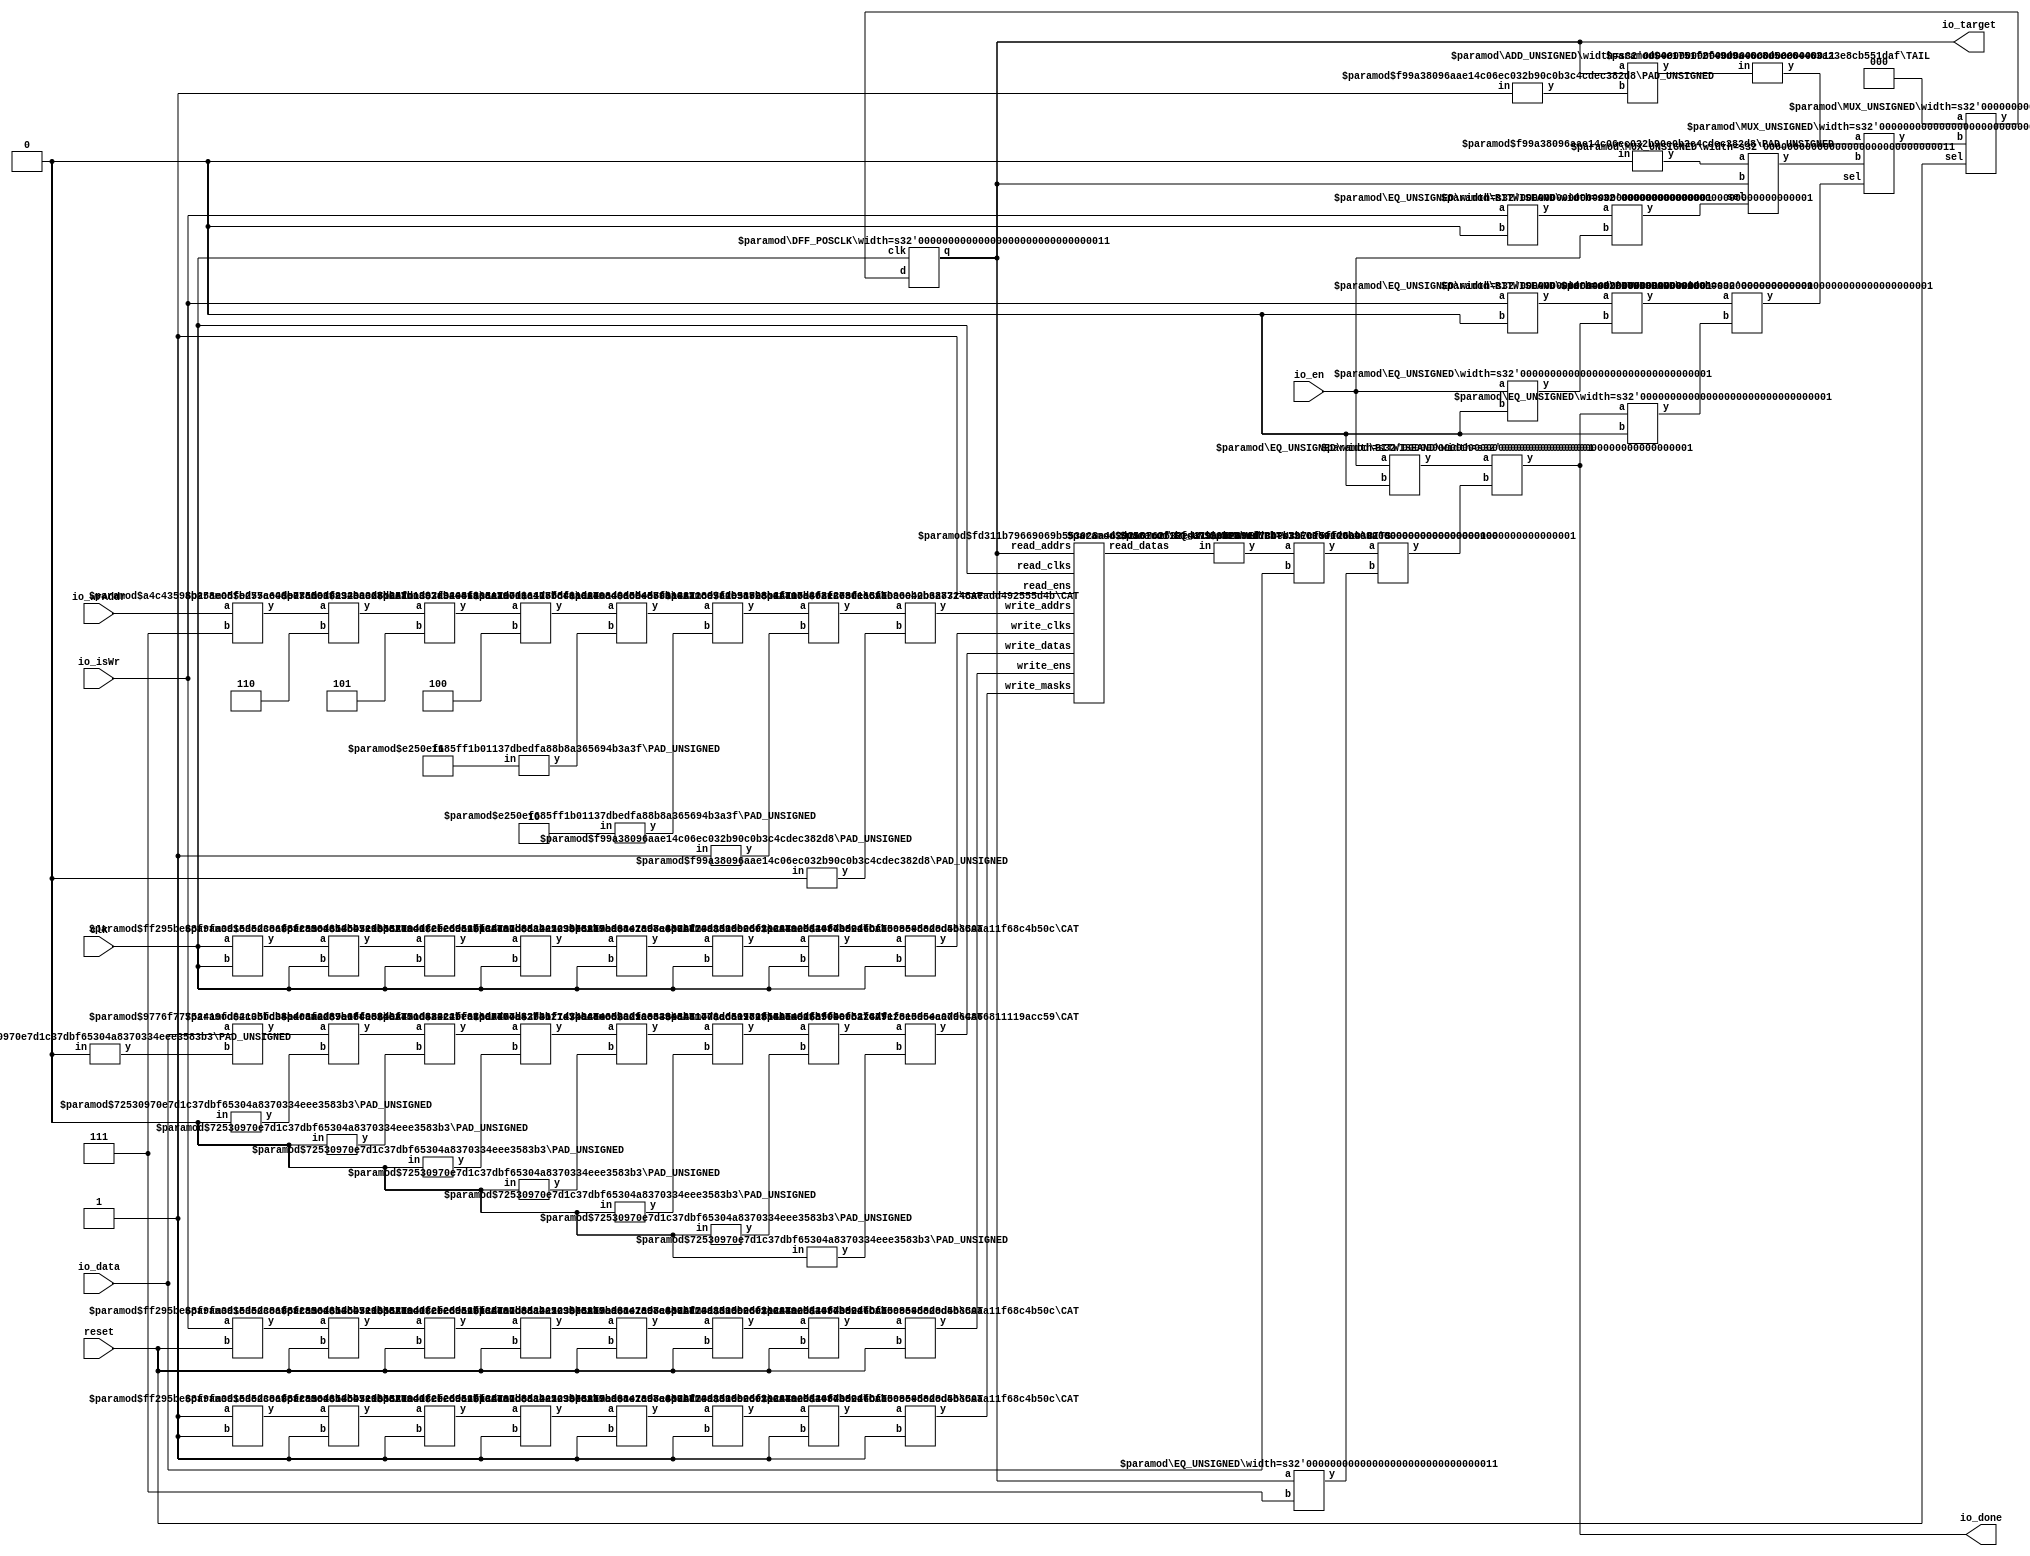
module DynamicMemorySearch(
    input clk,
    input reset,
    input io_isWr,
    input [2:0] io_wrAddr,
    input [3:0] io_data,
    input io_en,
    output [2:0] io_target,
    output io_done
);
    wire [2:0] _index__q;
    wire [2:0] _index__d;
    DFF_POSCLK #(.width(3)) index (
        .q(_index__q),
        .d(_index__d),
        .clk(clk)
    );
    wire [2:0] _WTEMP_0;
    MUX_UNSIGNED #(.width(3)) u_mux_1 (
        .y(_index__d),
        .sel(reset),
        .a(3'h0),
        .b(_WTEMP_0)
    );
    wire [3:0] list_memVal_data;
    wire list_memVal_clk;
    wire list_memVal_en;
    wire [2:0] list_memVal_addr;
    wire list_T_16_clk;
    wire list_T_16_en;
    wire list_T_16_mask;
    wire [2:0] list_T_16_addr;
    wire [3:0] list_T_16_data;
    wire list_T_19_clk;
    wire list_T_19_en;
    wire list_T_19_mask;
    wire [2:0] list_T_19_addr;
    wire [3:0] list_T_19_data;
    wire list_T_22_clk;
    wire list_T_22_en;
    wire list_T_22_mask;
    wire [2:0] list_T_22_addr;
    wire [3:0] list_T_22_data;
    wire list_T_25_clk;
    wire list_T_25_en;
    wire list_T_25_mask;
    wire [2:0] list_T_25_addr;
    wire [3:0] list_T_25_data;
    wire list_T_28_clk;
    wire list_T_28_en;
    wire list_T_28_mask;
    wire [2:0] list_T_28_addr;
    wire [3:0] list_T_28_data;
    wire list_T_31_clk;
    wire list_T_31_en;
    wire list_T_31_mask;
    wire [2:0] list_T_31_addr;
    wire [3:0] list_T_31_data;
    wire list_T_34_clk;
    wire list_T_34_en;
    wire list_T_34_mask;
    wire [2:0] list_T_34_addr;
    wire [3:0] list_T_34_data;
    wire list_T_37_clk;
    wire list_T_37_en;
    wire list_T_37_mask;
    wire [2:0] list_T_37_addr;
    wire [3:0] list_T_37_data;
    wire list_T_39_clk;
    wire list_T_39_en;
    wire list_T_39_mask;
    wire [2:0] list_T_39_addr;
    wire [3:0] list_T_39_data;
    wire [3:0] list_read_datas;
    wire list_read_clks;
    wire list_read_ens;
    wire [2:0] list_read_addrs;
    wire [8:0] list_write_clks;
    wire [8:0] list_write_ens;
    wire [8:0] list_write_masks;
    wire [26:0] list_write_addrs;
    wire [35:0] list_write_datas;
    BITS #(.width(4), .high(3), .low(0)) bits_2 (
        .y(list_memVal_data),
        .in(list_read_datas)
    );
    assign list_read_clks = list_memVal_clk;
    assign list_read_ens = list_memVal_en;
    assign list_read_addrs = list_memVal_addr;
    wire [7:0] _WTEMP_1;
    CAT #(.width_a(4), .width_b(4)) cat_3 (
        .y(_WTEMP_1),
        .a(list_T_39_data),
        .b(list_T_37_data)
    );
    wire [11:0] _WTEMP_2;
    CAT #(.width_a(8), .width_b(4)) cat_4 (
        .y(_WTEMP_2),
        .a(_WTEMP_1),
        .b(list_T_34_data)
    );
    wire [15:0] _WTEMP_3;
    CAT #(.width_a(12), .width_b(4)) cat_5 (
        .y(_WTEMP_3),
        .a(_WTEMP_2),
        .b(list_T_31_data)
    );
    wire [19:0] _WTEMP_4;
    CAT #(.width_a(16), .width_b(4)) cat_6 (
        .y(_WTEMP_4),
        .a(_WTEMP_3),
        .b(list_T_28_data)
    );
    wire [23:0] _WTEMP_5;
    CAT #(.width_a(20), .width_b(4)) cat_7 (
        .y(_WTEMP_5),
        .a(_WTEMP_4),
        .b(list_T_25_data)
    );
    wire [27:0] _WTEMP_6;
    CAT #(.width_a(24), .width_b(4)) cat_8 (
        .y(_WTEMP_6),
        .a(_WTEMP_5),
        .b(list_T_22_data)
    );
    wire [31:0] _WTEMP_7;
    CAT #(.width_a(28), .width_b(4)) cat_9 (
        .y(_WTEMP_7),
        .a(_WTEMP_6),
        .b(list_T_19_data)
    );
    CAT #(.width_a(32), .width_b(4)) cat_10 (
        .y(list_write_datas),
        .a(_WTEMP_7),
        .b(list_T_16_data)
    );
    wire [1:0] _WTEMP_8;
    CAT #(.width_a(1), .width_b(1)) cat_11 (
        .y(_WTEMP_8),
        .a(list_T_39_clk),
        .b(list_T_37_clk)
    );
    wire [2:0] _WTEMP_9;
    CAT #(.width_a(2), .width_b(1)) cat_12 (
        .y(_WTEMP_9),
        .a(_WTEMP_8),
        .b(list_T_34_clk)
    );
    wire [3:0] _WTEMP_10;
    CAT #(.width_a(3), .width_b(1)) cat_13 (
        .y(_WTEMP_10),
        .a(_WTEMP_9),
        .b(list_T_31_clk)
    );
    wire [4:0] _WTEMP_11;
    CAT #(.width_a(4), .width_b(1)) cat_14 (
        .y(_WTEMP_11),
        .a(_WTEMP_10),
        .b(list_T_28_clk)
    );
    wire [5:0] _WTEMP_12;
    CAT #(.width_a(5), .width_b(1)) cat_15 (
        .y(_WTEMP_12),
        .a(_WTEMP_11),
        .b(list_T_25_clk)
    );
    wire [6:0] _WTEMP_13;
    CAT #(.width_a(6), .width_b(1)) cat_16 (
        .y(_WTEMP_13),
        .a(_WTEMP_12),
        .b(list_T_22_clk)
    );
    wire [7:0] _WTEMP_14;
    CAT #(.width_a(7), .width_b(1)) cat_17 (
        .y(_WTEMP_14),
        .a(_WTEMP_13),
        .b(list_T_19_clk)
    );
    CAT #(.width_a(8), .width_b(1)) cat_18 (
        .y(list_write_clks),
        .a(_WTEMP_14),
        .b(list_T_16_clk)
    );
    wire [1:0] _WTEMP_15;
    CAT #(.width_a(1), .width_b(1)) cat_19 (
        .y(_WTEMP_15),
        .a(list_T_39_en),
        .b(list_T_37_en)
    );
    wire [2:0] _WTEMP_16;
    CAT #(.width_a(2), .width_b(1)) cat_20 (
        .y(_WTEMP_16),
        .a(_WTEMP_15),
        .b(list_T_34_en)
    );
    wire [3:0] _WTEMP_17;
    CAT #(.width_a(3), .width_b(1)) cat_21 (
        .y(_WTEMP_17),
        .a(_WTEMP_16),
        .b(list_T_31_en)
    );
    wire [4:0] _WTEMP_18;
    CAT #(.width_a(4), .width_b(1)) cat_22 (
        .y(_WTEMP_18),
        .a(_WTEMP_17),
        .b(list_T_28_en)
    );
    wire [5:0] _WTEMP_19;
    CAT #(.width_a(5), .width_b(1)) cat_23 (
        .y(_WTEMP_19),
        .a(_WTEMP_18),
        .b(list_T_25_en)
    );
    wire [6:0] _WTEMP_20;
    CAT #(.width_a(6), .width_b(1)) cat_24 (
        .y(_WTEMP_20),
        .a(_WTEMP_19),
        .b(list_T_22_en)
    );
    wire [7:0] _WTEMP_21;
    CAT #(.width_a(7), .width_b(1)) cat_25 (
        .y(_WTEMP_21),
        .a(_WTEMP_20),
        .b(list_T_19_en)
    );
    CAT #(.width_a(8), .width_b(1)) cat_26 (
        .y(list_write_ens),
        .a(_WTEMP_21),
        .b(list_T_16_en)
    );
    wire [5:0] _WTEMP_22;
    CAT #(.width_a(3), .width_b(3)) cat_27 (
        .y(_WTEMP_22),
        .a(list_T_39_addr),
        .b(list_T_37_addr)
    );
    wire [8:0] _WTEMP_23;
    CAT #(.width_a(6), .width_b(3)) cat_28 (
        .y(_WTEMP_23),
        .a(_WTEMP_22),
        .b(list_T_34_addr)
    );
    wire [11:0] _WTEMP_24;
    CAT #(.width_a(9), .width_b(3)) cat_29 (
        .y(_WTEMP_24),
        .a(_WTEMP_23),
        .b(list_T_31_addr)
    );
    wire [14:0] _WTEMP_25;
    CAT #(.width_a(12), .width_b(3)) cat_30 (
        .y(_WTEMP_25),
        .a(_WTEMP_24),
        .b(list_T_28_addr)
    );
    wire [17:0] _WTEMP_26;
    CAT #(.width_a(15), .width_b(3)) cat_31 (
        .y(_WTEMP_26),
        .a(_WTEMP_25),
        .b(list_T_25_addr)
    );
    wire [20:0] _WTEMP_27;
    CAT #(.width_a(18), .width_b(3)) cat_32 (
        .y(_WTEMP_27),
        .a(_WTEMP_26),
        .b(list_T_22_addr)
    );
    wire [23:0] _WTEMP_28;
    CAT #(.width_a(21), .width_b(3)) cat_33 (
        .y(_WTEMP_28),
        .a(_WTEMP_27),
        .b(list_T_19_addr)
    );
    CAT #(.width_a(24), .width_b(3)) cat_34 (
        .y(list_write_addrs),
        .a(_WTEMP_28),
        .b(list_T_16_addr)
    );
    wire [1:0] _WTEMP_29;
    CAT #(.width_a(1), .width_b(1)) cat_35 (
        .y(_WTEMP_29),
        .a(list_T_39_mask),
        .b(list_T_37_mask)
    );
    wire [2:0] _WTEMP_30;
    CAT #(.width_a(2), .width_b(1)) cat_36 (
        .y(_WTEMP_30),
        .a(_WTEMP_29),
        .b(list_T_34_mask)
    );
    wire [3:0] _WTEMP_31;
    CAT #(.width_a(3), .width_b(1)) cat_37 (
        .y(_WTEMP_31),
        .a(_WTEMP_30),
        .b(list_T_31_mask)
    );
    wire [4:0] _WTEMP_32;
    CAT #(.width_a(4), .width_b(1)) cat_38 (
        .y(_WTEMP_32),
        .a(_WTEMP_31),
        .b(list_T_28_mask)
    );
    wire [5:0] _WTEMP_33;
    CAT #(.width_a(5), .width_b(1)) cat_39 (
        .y(_WTEMP_33),
        .a(_WTEMP_32),
        .b(list_T_25_mask)
    );
    wire [6:0] _WTEMP_34;
    CAT #(.width_a(6), .width_b(1)) cat_40 (
        .y(_WTEMP_34),
        .a(_WTEMP_33),
        .b(list_T_22_mask)
    );
    wire [7:0] _WTEMP_35;
    CAT #(.width_a(7), .width_b(1)) cat_41 (
        .y(_WTEMP_35),
        .a(_WTEMP_34),
        .b(list_T_19_mask)
    );
    CAT #(.width_a(8), .width_b(1)) cat_42 (
        .y(list_write_masks),
        .a(_WTEMP_35),
        .b(list_T_16_mask)
    );
    MRMWMEM #(.depth(8), .addrbits(3), .width(4), .readernum(1), .writernum(9), .isSyncRead(0)) list (
        .read_datas(list_read_datas),
        .read_clks(list_read_clks),
        .read_ens(list_read_ens),
        .read_addrs(list_read_addrs),
        .write_clks(list_write_clks),
        .write_ens(list_write_ens),
        .write_masks(list_write_masks),
        .write_addrs(list_write_addrs),
        .write_datas(list_write_datas)
    );
    assign list_memVal_addr = _index__q;
    assign list_memVal_en = 1'h1;
    assign list_memVal_clk = clk;
    wire T_10;
    EQ_UNSIGNED #(.width(1)) u_eq_43 (
        .y(T_10),
        .a(io_en),
        .b(1'h0)
    );
    wire T_11;
    EQ_UNSIGNED #(.width(4)) u_eq_44 (
        .y(T_11),
        .a(list_memVal_data),
        .b(io_data)
    );
    wire T_13;
    EQ_UNSIGNED #(.width(3)) u_eq_45 (
        .y(T_13),
        .a(_index__q),
        .b(3'h7)
    );
    wire T_14;
    BITWISEOR #(.width(1)) bitwiseor_46 (
        .y(T_14),
        .a(T_11),
        .b(T_13)
    );
    wire over;
    BITWISEAND #(.width(1)) bitwiseand_47 (
        .y(over),
        .a(T_10),
        .b(T_14)
    );
    PAD_UNSIGNED #(.width(1), .n(3)) u_pad_48 (
        .y(list_T_16_addr),
        .in(1'h0)
    );
    assign list_T_16_en = reset;
    assign list_T_16_clk = clk;
    assign list_T_16_mask = 1'h1;
    PAD_UNSIGNED #(.width(1), .n(3)) u_pad_49 (
        .y(list_T_19_addr),
        .in(1'h1)
    );
    assign list_T_19_en = reset;
    assign list_T_19_clk = clk;
    assign list_T_19_mask = 1'h1;
    PAD_UNSIGNED #(.width(2), .n(3)) u_pad_50 (
        .y(list_T_22_addr),
        .in(2'h2)
    );
    assign list_T_22_en = reset;
    assign list_T_22_clk = clk;
    assign list_T_22_mask = 1'h1;
    PAD_UNSIGNED #(.width(2), .n(3)) u_pad_51 (
        .y(list_T_25_addr),
        .in(2'h3)
    );
    assign list_T_25_en = reset;
    assign list_T_25_clk = clk;
    assign list_T_25_mask = 1'h1;
    assign list_T_28_addr = 3'h4;
    assign list_T_28_en = reset;
    assign list_T_28_clk = clk;
    assign list_T_28_mask = 1'h1;
    assign list_T_31_addr = 3'h5;
    assign list_T_31_en = reset;
    assign list_T_31_clk = clk;
    assign list_T_31_mask = 1'h1;
    assign list_T_34_addr = 3'h6;
    assign list_T_34_en = reset;
    assign list_T_34_clk = clk;
    assign list_T_34_mask = 1'h1;
    assign list_T_37_addr = 3'h7;
    assign list_T_37_en = reset;
    assign list_T_37_clk = clk;
    assign list_T_37_mask = 1'h1;
    assign list_T_39_addr = io_wrAddr;
    assign list_T_39_en = io_isWr;
    assign list_T_39_clk = clk;
    assign list_T_39_mask = 1'h1;
    wire T_41;
    EQ_UNSIGNED #(.width(1)) u_eq_52 (
        .y(T_41),
        .a(io_isWr),
        .b(1'h0)
    );
    wire T_42;
    BITWISEAND #(.width(1)) bitwiseand_53 (
        .y(T_42),
        .a(T_41),
        .b(io_en)
    );
    wire T_45;
    EQ_UNSIGNED #(.width(1)) u_eq_54 (
        .y(T_45),
        .a(over),
        .b(1'h0)
    );
    wire T_47;
    EQ_UNSIGNED #(.width(1)) u_eq_55 (
        .y(T_47),
        .a(io_isWr),
        .b(1'h0)
    );
    wire T_49;
    EQ_UNSIGNED #(.width(1)) u_eq_56 (
        .y(T_49),
        .a(io_en),
        .b(1'h0)
    );
    wire T_50;
    BITWISEAND #(.width(1)) bitwiseand_57 (
        .y(T_50),
        .a(T_47),
        .b(T_49)
    );
    wire T_51;
    BITWISEAND #(.width(1)) bitwiseand_58 (
        .y(T_51),
        .a(T_50),
        .b(T_45)
    );
    wire [3:0] T_53;
    wire [2:0] _WTEMP_36;
    PAD_UNSIGNED #(.width(1), .n(3)) u_pad_59 (
        .y(_WTEMP_36),
        .in(1'h1)
    );
    ADD_UNSIGNED #(.width(3)) u_add_60 (
        .y(T_53),
        .a(_index__q),
        .b(_WTEMP_36)
    );
    wire [2:0] T_54;
    TAIL #(.width(4), .n(1)) tail_61 (
        .y(T_54),
        .in(T_53)
    );
    wire [2:0] _node_0;
    wire [2:0] _WTEMP_37;
    PAD_UNSIGNED #(.width(1), .n(3)) u_pad_62 (
        .y(_WTEMP_37),
        .in(1'h0)
    );
    MUX_UNSIGNED #(.width(3)) u_mux_63 (
        .y(_node_0),
        .sel(T_42),
        .a(_WTEMP_37),
        .b(_index__q)
    );
    MUX_UNSIGNED #(.width(3)) u_mux_64 (
        .y(_WTEMP_0),
        .sel(T_51),
        .a(T_54),
        .b(_node_0)
    );
    assign io_done = over;
    assign io_target = _index__q;
    PAD_UNSIGNED #(.width(1), .n(4)) u_pad_65 (
        .y(list_T_16_data),
        .in(1'h0)
    );
    PAD_UNSIGNED #(.width(1), .n(4)) u_pad_66 (
        .y(list_T_19_data),
        .in(1'h0)
    );
    PAD_UNSIGNED #(.width(1), .n(4)) u_pad_67 (
        .y(list_T_22_data),
        .in(1'h0)
    );
    PAD_UNSIGNED #(.width(1), .n(4)) u_pad_68 (
        .y(list_T_25_data),
        .in(1'h0)
    );
    PAD_UNSIGNED #(.width(1), .n(4)) u_pad_69 (
        .y(list_T_28_data),
        .in(1'h0)
    );
    PAD_UNSIGNED #(.width(1), .n(4)) u_pad_70 (
        .y(list_T_31_data),
        .in(1'h0)
    );
    PAD_UNSIGNED #(.width(1), .n(4)) u_pad_71 (
        .y(list_T_34_data),
        .in(1'h0)
    );
    PAD_UNSIGNED #(.width(1), .n(4)) u_pad_72 (
        .y(list_T_37_data),
        .in(1'h0)
    );
    assign list_T_39_data = io_data;
endmodule //DynamicMemorySearch
module DFF_POSCLK(q, d, clk);
    parameter width = 4;
    output reg [width-1:0] q;
    input [width-1:0] d;
    input clk;
    always @(posedge clk) begin
        q <= d;
    end
endmodule // DFF_POSCLK
module MUX_UNSIGNED(y, sel, a, b);
    parameter width = 4;
    output [width-1:0] y;
    input sel;
    input [width-1:0] a;
    input [width-1:0] b;
    assign y = sel ? a : b;
endmodule // MUX_UNSIGNED
module BITS(y, in);
    parameter width = 4;
    parameter high = 2;
    parameter low = 0;
    output [high-low:0] y;
    input [width-1:0] in;
    assign y = in[high:low];
endmodule // BITS
module CAT(y, a, b);
    parameter width_a = 4;
    parameter width_b = 4;
    output [width_a+width_b-1:0] y;
    input [width_a-1:0] a;
    input [width_b-1:0] b;
    assign y = {a, b};
endmodule // CAT
module MRMWMEM(read_datas, read_clks, read_ens, read_addrs, write_clks, write_ens, write_masks, write_addrs, write_datas);
    parameter depth = 16;
    parameter addrbits = 4;
    parameter width = 32;
    parameter readernum = 2;
    parameter writernum = 2;
    parameter isSyncRead = 0;
    output [(width*readernum-1):0] read_datas;
    input [(1*readernum-1):0] read_clks;
    input [(1*readernum-1):0] read_ens;
    input [(addrbits*readernum-1):0] read_addrs;
    input [1*writernum-1:0] write_clks;
    input [1*writernum-1:0] write_ens;
    input [1*writernum-1:0] write_masks;
    input [(addrbits*writernum-1):0] write_addrs;
    input [(width*writernum-1):0] write_datas;
    reg [width-1:0] memcore [0:depth-1];
    wire [(addrbits*readernum-1):0] final_read_addrs;
    genvar gv_n;
    generate
        for (gv_n = 0; gv_n < readernum; gv_n = gv_n + 1) begin: get_final_raddrs
            if (isSyncRead) begin: raddr_processor
                reg [addrbits-1:0] read_addr_pipe_0;
                always @(posedge read_clks[gv_n]) begin
                    if (read_ens[gv_n]) begin
                        read_addr_pipe_0 <= read_addrs[gv_n*addrbits +: addrbits];
                    end
                end
                assign final_read_addrs[gv_n*addrbits +: addrbits] = read_addr_pipe_0;
            end else begin: raddr_processor
                assign final_read_addrs[gv_n*addrbits +: addrbits] = read_addrs[gv_n*addrbits +: addrbits];
            end
        end
    endgenerate
    genvar gv_k;
    generate
        for (gv_k = 0; gv_k < readernum; gv_k = gv_k + 1) begin: form_read_datas
            assign read_datas[gv_k*width +: width] = memcore[final_read_addrs[gv_k*addrbits +: addrbits]];
        end
    endgenerate
    integer i;
    always @(posedge write_clks[0]) begin
        for (i = 0; i < writernum; i = i + 1) begin
            if (write_ens[i] & write_masks[i]) begin
                memcore[write_addrs[i*addrbits +: addrbits]] <= write_datas[i*width +: width];
            end
        end
    end
endmodule // MRMWMEM
module EQ_UNSIGNED(y, a, b);
    parameter width = 4;
    output y;
    input [width-1:0] a;
    input [width-1:0] b;
    assign y = a == b;
endmodule // EQ_UNSIGNED
module BITWISEOR(y, a, b);
    parameter width = 4;
    output [width-1:0] y;
    input [width-1:0] a;
    input [width-1:0] b;
    assign y = a | b;
endmodule // BITWISEOR
module BITWISEAND(y, a, b);
    parameter width = 4;
    output [width-1:0] y;
    input [width-1:0] a;
    input [width-1:0] b;
    assign y = a & b;
endmodule // BITWISEAND
module PAD_UNSIGNED(y, in);
    parameter width = 4;
    parameter n = 4;
    output [(n > width ? n : width)-1:0] y;
    input [width-1:0] in;
    assign y = (n > width) ? {{(n - width){1'b0}}, in} : in;
endmodule // PAD_UNSIGNED
module ADD_UNSIGNED(y, a, b);
    parameter width = 4;
    output [width:0] y;
    input [width-1:0] a;
    input [width-1:0] b;
    assign y = a + b;
endmodule // ADD_UNSIGNED
module TAIL(y, in);
    parameter width = 4;
    parameter n = 2;
    output [width-n-1:0] y;
    input [width-1:0] in;
    assign y = in[width-n-1:0];
endmodule // TAIL